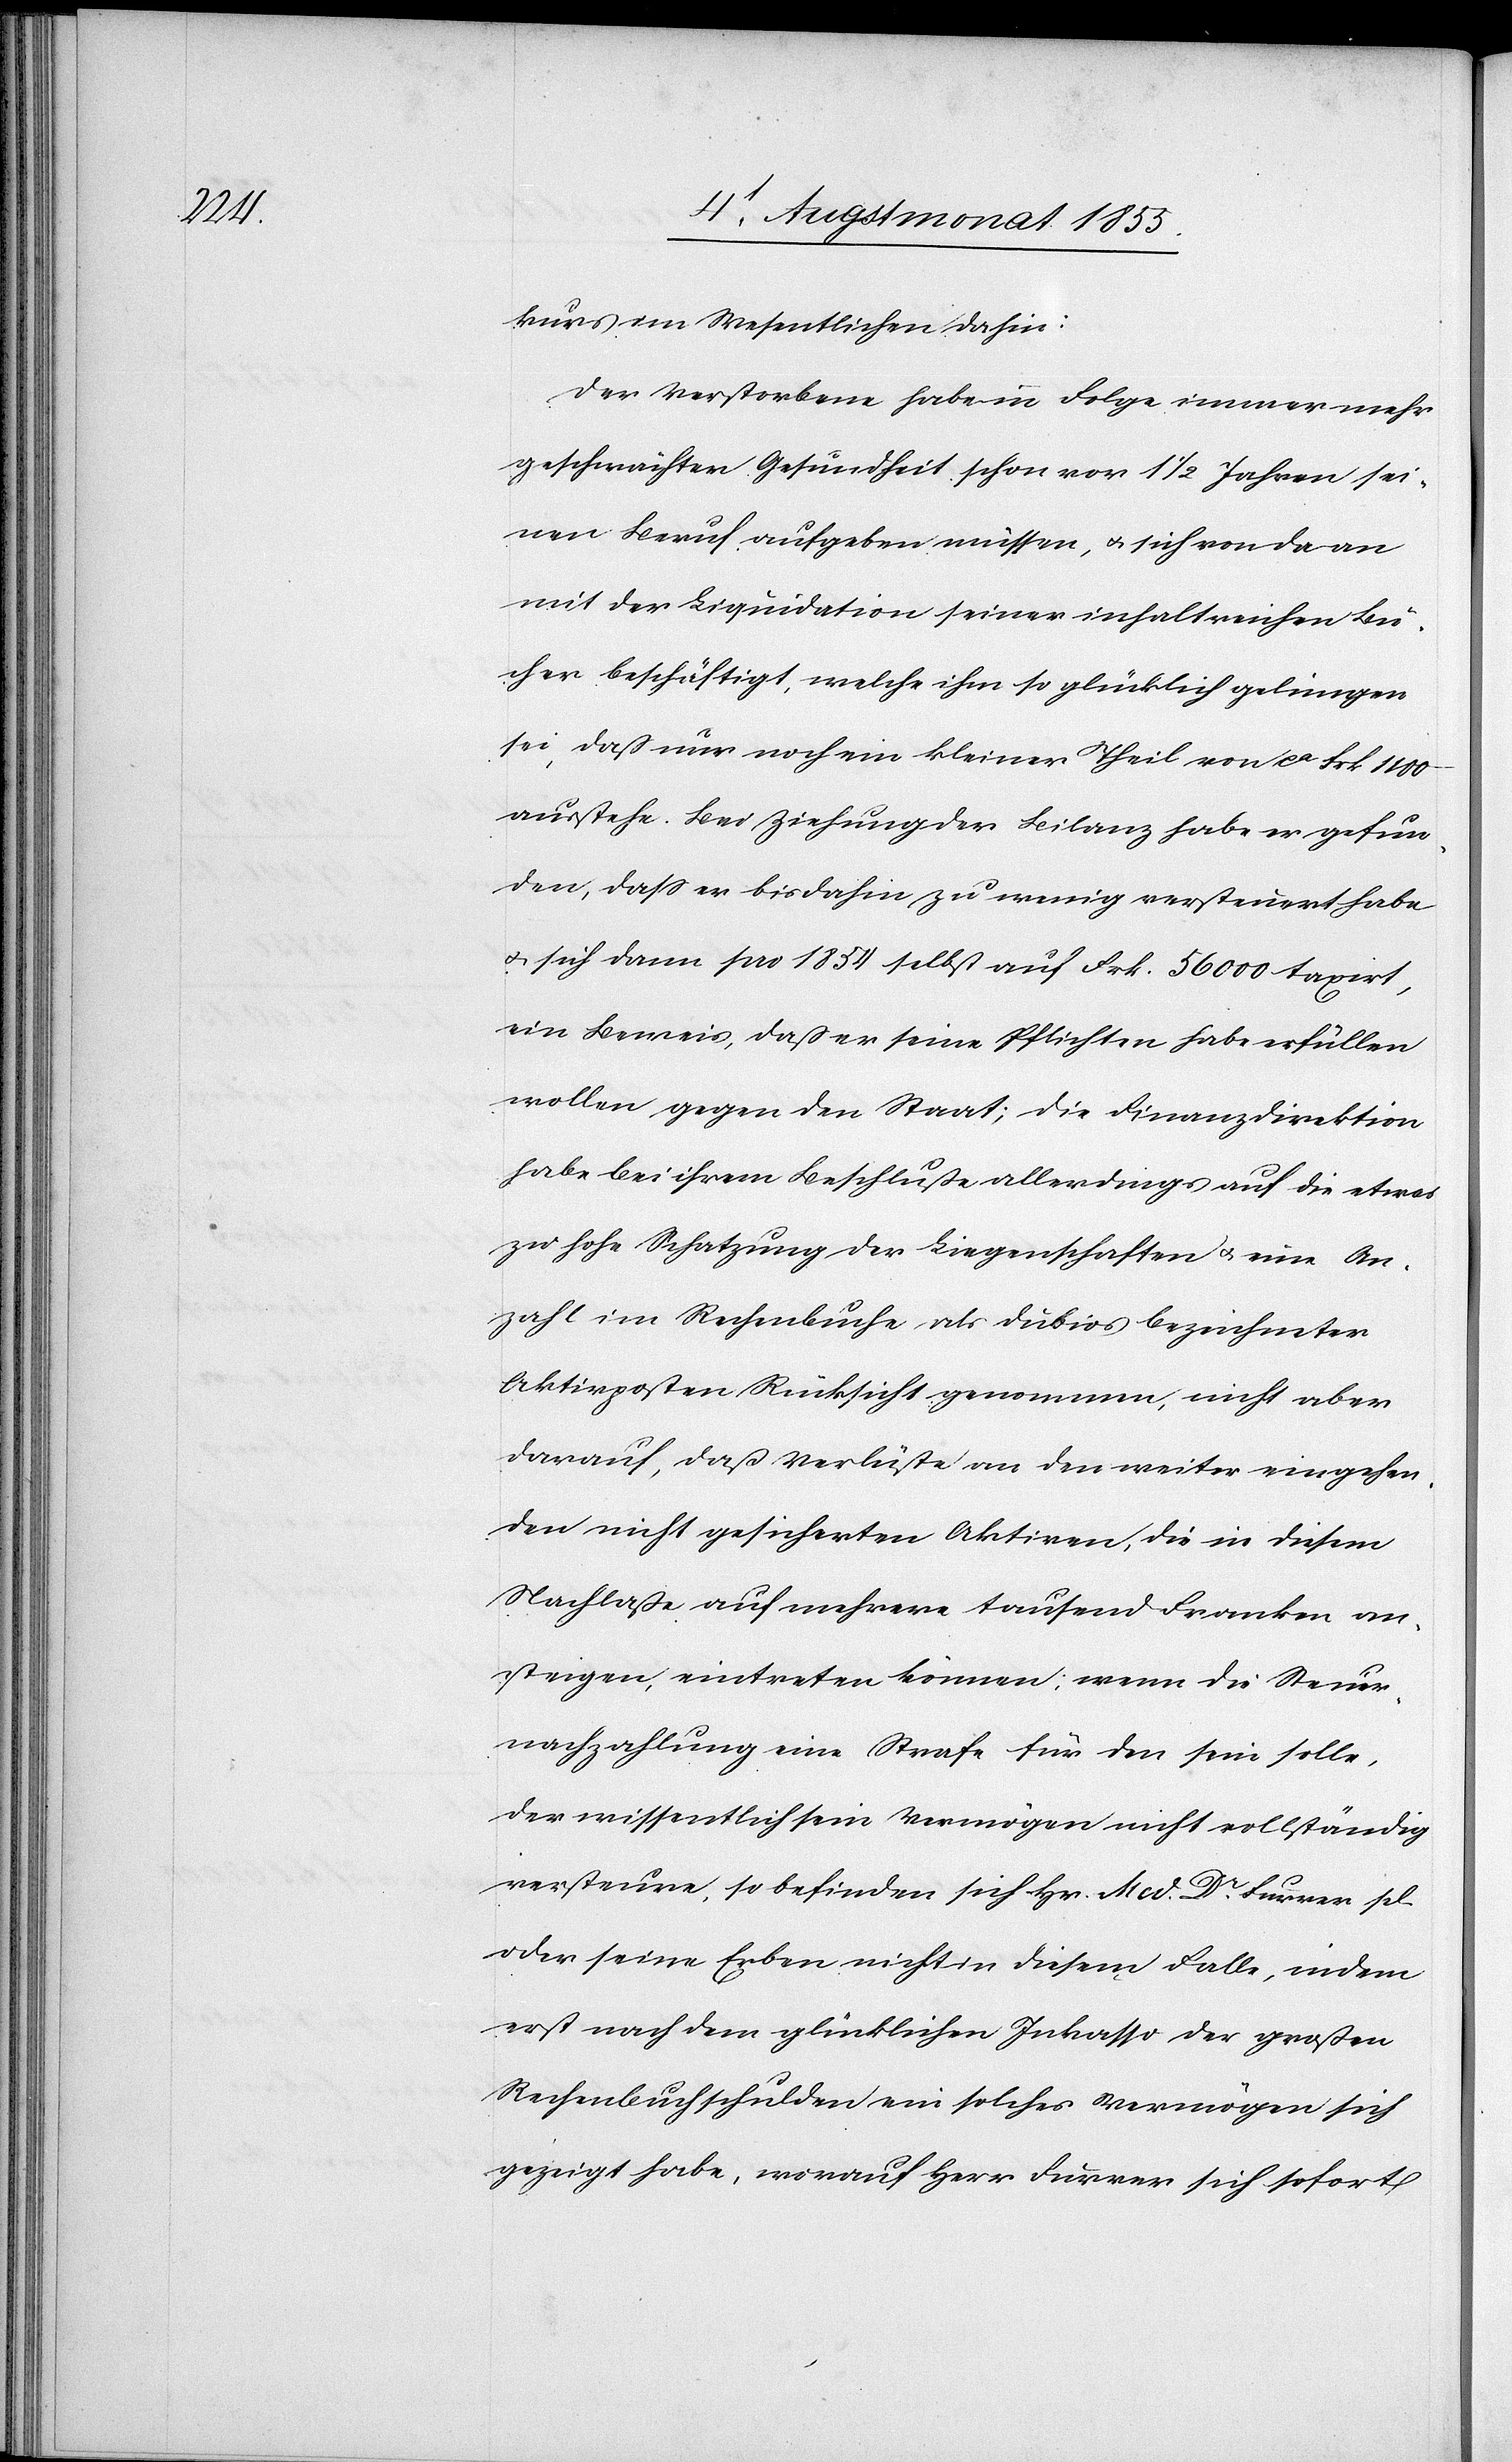
kurs im Wesentlichen dahin:
Der Verstorbene habe in Folge immer mehr
geschwächter Gesundheit schon vor 1 1/2 Jahren sei¬
nen Beruf aufgeben müssen, & sich von da an
mit der Liquidation seiner inhaltreichen Bü¬
cher beschäftigt, welche ihm so glücklich gelungen
sei, daß nur noch ein kleiner Theil von ca Frk. 1100
ausstehe. Bei Ziehung der Bilanz habe er gefun¬
den, dass er bisdahin zu wenig versteuert habe
& sich dann pro 1854 selbst auf Frk. 56 000 taxirt,
ein Beweis, daß er seine Pflichten habe erfüllen
wollen gegen den Staat; die Finanzdirektion
habe bei ihrem Beschluße allerdings auf die etwas
zu hohe Schatzung der Liegenschaften & eine An¬
zahl im Rechenbuche als dubios bezeichneter
Aktivposten Rücksicht genommen, nicht aber
darauf, daß Verlüste an den weiter eingehen¬
den nicht gesicherten Aktiven, die in diesem
Nachlaße auf mehrere tausend Franken an¬
steigen, eintreten können; wenn die Steuer¬
nachzahlung eine Strafe für den sein solle,
der wissentlich sein Vermögen nicht vollständig
versteure, so befinden sich Hr. Med. Dr. Furrer sel.
oder seine Erben nicht in diesem Falle, indem
erst nach dem glücklichen Inkasso der großen
Rechenbuchschulden ein solches Vermögen sich
gezeigt habe, worauf Herr Furrer sich sofort